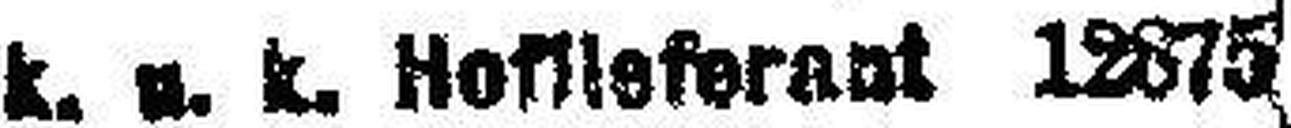
k. u. k. Hoflieferant 12875